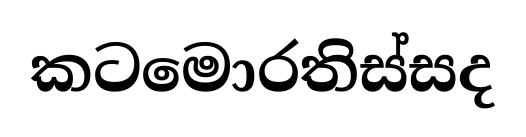
කටමොරතිස්සද